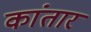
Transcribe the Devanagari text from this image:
कांतार